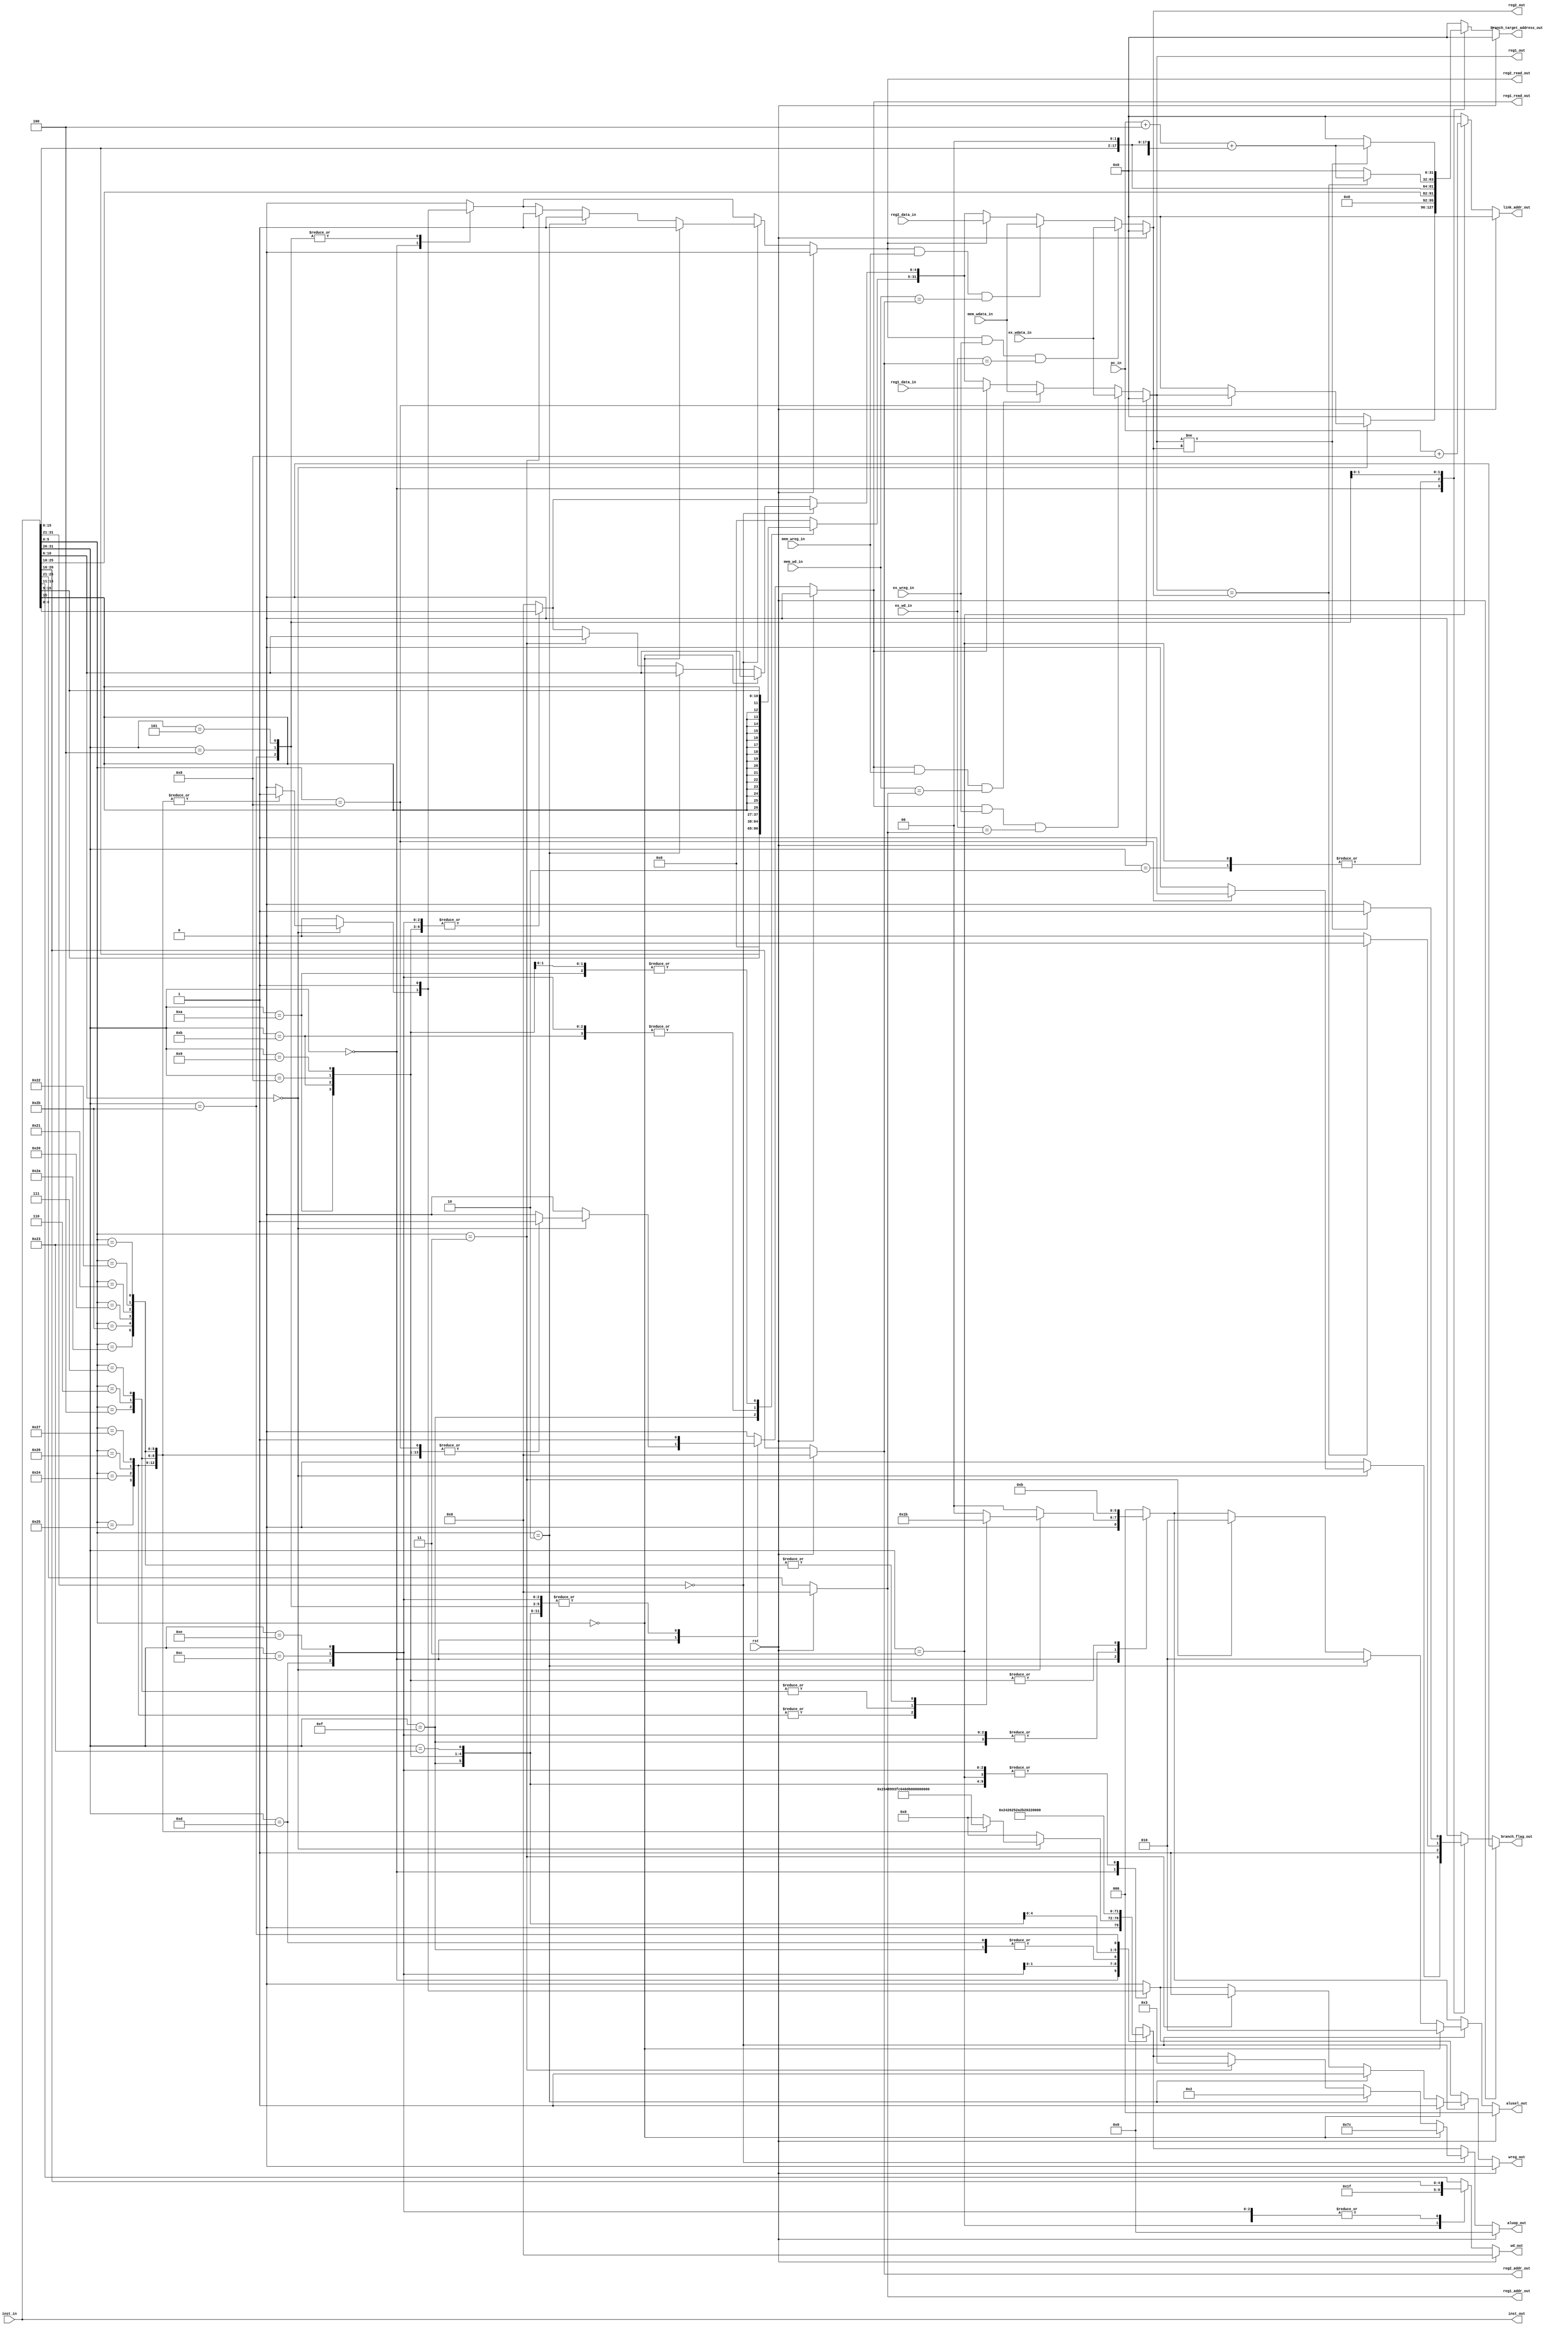
`timescale 1ns / 1ps
//////////////////////////////////////////////////////////////////////////////////
// Company: NCUT
// Module Name: id
// Description: 
//////////////////////////////////////////////////////////////////////////////////

module id(
    input rst,
    input [31:0] pc_in,//
    input [31:0] inst_in,//
    input [31:0] reg1_data_in,//rdata1
    input [31:0] reg2_data_in,//rdata2
    input ex_wreg_in,//
    input [31:0] ex_wdata_in,//
    input [4:0] ex_wd_in,//
    input mem_wreg_in,//
    input [31:0] mem_wdata_in,//
    input [4:0] mem_wd_in,//
    output reg reg1_read_out,//re1
    output reg reg2_read_out,//re2
    output reg[4:0] reg1_addr_out,//raddr1
    output reg[4:0] reg2_addr_out,//raddr2
    output reg[7:0] aluop_out,//
    output reg[2:0] alusel_out,//
    output reg[31:0] reg1_out,//1
    output reg[31:0] reg2_out,//2
    output reg[4:0] wd_out,//
    output reg wreg_out,//
    output wire[31:0] inst_out,//
    output reg branch_flag_out,//
    output reg[31:0] branch_target_address_out,//
    output reg[31:0] link_addr_out//
    );
    wire[5:0] op=inst_in[31:26];
    wire[4:0] op2=inst_in[10:6];
    wire[5:0] op3=inst_in[5:0];
    wire[4:0] op4=inst_in[20:16];
    reg[31:0] imm;//
    wire[31:0] pc_plus_8;//2
    wire[31:0] pc_plus_4;//1
    wire[31:0] imm_sll2_signedext;//offset2
    assign pc_plus_8=pc_in+8;//2
    assign pc_plus_4=pc_in+4;//1
    assign imm_sll2_signedext={{14{inst_in[15]}},inst_in[15:0],2'b00};//offset2
    assign inst_out=inst_in;
    always @(*)begin//
        if(rst==1'b1)begin
            aluop_out<=8'b00000000;
            alusel_out<=3'b000;
            wd_out<=5'b00000;
            wreg_out<=1'b0;
            reg1_read_out<=1'b0;
            reg2_read_out<=1'b0;
            reg1_addr_out<=5'b00000;
            reg2_addr_out<=5'b00000;
            imm<=32'h00000000;
            link_addr_out<=32'h00000000;
            branch_target_address_out<=32'h00000000;
            branch_flag_out<=1'b0;
        end else begin
            aluop_out<=8'b00000000;
            alusel_out<=3'b000;
            wd_out<=inst_in[15:11];
            wreg_out<=1'b0;
            reg1_read_out<=1'b0;
            reg2_read_out<=1'b0;
            reg1_addr_out<=inst_in[25:21];
            reg2_addr_out<=inst_in[20:16];
            imm<=32'h00000000;
            link_addr_out<=32'h00000000;
            branch_target_address_out<=32'h00000000;
            branch_flag_out<=1'b0;
            case(op)
                6'b000000:begin
                    case(op2)
                        5'b00000:begin
                            case(op3)
                                6'b100101:begin//OR
                                    wreg_out<=1'b1;
                                    aluop_out<=8'b00100101;//OR
                                    alusel_out<=3'b001;//LOGIC
                                    reg1_read_out<=1'b1;
                                    reg2_read_out<=1'b1;
                                end
                                6'b100100:begin//AND
                                    wreg_out<=1'b1;
                                    aluop_out<=8'b00100100;//AND
                                    alusel_out<=3'b001;//LOGIC
                                    reg1_read_out<=1'b1;
                                    reg2_read_out<=1'b1;
                                end
                                6'b100110:begin//XOR
                                    wreg_out<=1'b1;
                                    aluop_out<=8'b00100110;//XOR
                                    alusel_out<=3'b001;//LOGIC
                                    reg1_read_out<=1'b1;
                                    reg2_read_out<=1'b1;
                                end
                                6'b100111:begin//NOR
                                    wreg_out<=1'b1;
                                    aluop_out<=8'b00100111;//NOR
                                    alusel_out<=3'b001;//LOGIC
                                    reg1_read_out<=1'b1;
                                    reg2_read_out<=1'b1;
                                end
                                6'b000100:begin//SLLV
                                    wreg_out<=1'b1;
                                    aluop_out<=8'b01111100;//SLL
                                    alusel_out<=3'b010;//SHIFT
                                    reg1_read_out<=1'b1;
                                    reg2_read_out<=1'b1;
                                end
                                6'b000110:begin//SRLV
                                    wreg_out<=1'b1;
                                    aluop_out<=8'b00000010;//SRL
                                    alusel_out<=3'b010;//SHIFT
                                    reg1_read_out<=1'b1;
                                    reg2_read_out<=1'b1;
                                end
                                6'b000111:begin//SRAV
                                    wreg_out<=1'b1;
                                    aluop_out<=8'b00000011;//SRA
                                    alusel_out<=3'b010;//SHIFT
                                    reg1_read_out<=1'b1;
                                    reg2_read_out<=1'b1;
                                end
                                6'b101010:begin//SLT
                                    wreg_out<=1'b1;
                                    aluop_out<=8'b00101010;//SLT
                                    alusel_out<=3'b011;//ARITHMETIC
                                    reg1_read_out<=1'b1;
                                    reg2_read_out<=1'b1;
                                end
                                6'b101011:begin//SLTU
                                    wreg_out<=1'b1;
                                    aluop_out<=8'b00101011;//SLTU
                                    alusel_out<=3'b011;//ARITHMETIC
                                    reg1_read_out<=1'b1;
                                    reg2_read_out<=1'b1;
                                end
                                6'b100000:begin//ADD
                                    wreg_out<=1'b1;
                                    aluop_out<=8'b00100000;//ADD
                                    alusel_out<=3'b011;//ARITHMETIC
                                    reg1_read_out<=1'b1;
                                    reg2_read_out<=1'b1;
                                end
                                6'b100001:begin//ADDU
                                    wreg_out<=1'b1;
                                    aluop_out<=8'b00100001;//ADDU
                                    alusel_out<=3'b011;//ARITHMETIC
                                    reg1_read_out<=1'b1;
                                    reg2_read_out<=1'b1;
                                end
                                6'b100010:begin//SUB
                                    wreg_out<=1'b1;
                                    aluop_out<=8'b00100010;//SUB
                                    alusel_out<=3'b011;//ARITHMETIC
                                    reg1_read_out<=1'b1;
                                    reg2_read_out<=1'b1;
                                end
                                6'b100011:begin//SUBU
                                    wreg_out<=1'b1;
                                    aluop_out<=8'b00100011;//SUBU
                                    alusel_out<=3'b011;//ARITHMETIC
                                    reg1_read_out<=1'b1;
                                    reg2_read_out<=1'b1;
                                end
                                6'b001000:begin//JR
                                    reg1_read_out<=1'b1;
                                    branch_target_address_out<=reg1_out;
                                    branch_flag_out<=1'b1;
                                end
                                default:begin
                                end
                            endcase
                        end
                        default:begin
                        end
                    endcase
                end
                6'b001101:begin//ORI
                    wreg_out<=1'b1;
                    aluop_out<=8'b00100101;//OR
                    alusel_out<=3'b001;//LOGIC
                    reg1_read_out<=1'b1;
                    imm<={16'h0,inst_in[15:0]};
                    wd_out<=inst_in[20:16];
                end
                6'b001100:begin//ANDI
                    wreg_out<=1'b1;
                    aluop_out<=8'b00100100;//AND
                    alusel_out<=3'b001;//LOGIC
                    reg1_read_out<=1'b1;
                    imm<={16'h0,inst_in[15:0]};
                    wd_out<=inst_in[20:16];
                end
                6'b001110:begin//XORI
                    wreg_out<=1'b1;
                    aluop_out<=8'b00100110;//XOR
                    alusel_out<=3'b001;//LOGIC
                    reg1_read_out<=1'b1;
                    imm<={16'h0,inst_in[15:0]};
                    wd_out<=inst_in[20:16];
                end
                6'b001111:begin//LUI
                    wreg_out<=1'b1;
                    aluop_out<=8'b00100101;//OR
                    alusel_out<=3'b001;//LOGIC
                    reg1_read_out<=1'b1;
                    imm<={inst_in[15:0],16'h0};
                    wd_out<=inst_in[20:16];
                end
                6'b001010:begin//SLTI
                    wreg_out<=1'b1;
                    aluop_out<=8'b00101010;//SLT
                    alusel_out<=3'b011;//ARITHMETIC
                    reg1_read_out<=1'b1;
                    imm<={{16{inst_in[15]}},inst_in[15:0]};
                    wd_out<=inst_in[20:16];
                end
                6'b001011:begin//SLTIU
                    wreg_out<=1'b1;
                    aluop_out<=8'b00101011;//SLTU
                    alusel_out<=3'b011;//ARITHMETIC
                    reg1_read_out<=1'b1;
                    imm<={16'h0,inst_in[15:0]};
                    wd_out<=inst_in[20:16];
                end
                6'b001000:begin//ADDI
                    wreg_out<=1'b1;
                    aluop_out<=8'b00100000;//ADD
                    alusel_out<=3'b011;//ARITHMETIC
                    reg1_read_out<=1'b1;
                    imm<={{16{inst_in[15]}},inst_in[15:0]};
                    wd_out<=inst_in[20:16];
                end
                6'b001001:begin//ADDIU
                    wreg_out<=1'b1;
                    aluop_out<=8'b00100001;//ADDU
                    alusel_out<=3'b011;//ARITHMETIC
                    reg1_read_out<=1'b1;
                    imm<={{16{inst_in[15]}},inst_in[15:0]};
                    wd_out<=inst_in[20:16];
                end
                6'b000010:begin//J
                    branch_target_address_out<={4'h0,inst_in[25:0],2'b00};
                    branch_flag_out<=1'b1;
                end
                6'b000011:begin//JAL
                    wreg_out<=1'b1;
                    alusel_out<=3'b000;
                    wd_out<=5'b11111;//$31
                    link_addr_out<=pc_plus_8;
                    branch_target_address_out<={4'h0,inst_in[25:0],2'b00};
                    branch_flag_out<=1'b1;
                end
                6'b000100:begin//BEQ
                    reg1_read_out<=1'b1;
                    reg2_read_out<=1'b1;
                    if(reg1_out==reg2_out)begin
                        branch_target_address_out<=pc_plus_4+imm_sll2_signedext;
                        branch_flag_out<=1'b1;
                    end
                end
                6'b000101:begin//BNE
                    reg1_read_out<=1'b1;
                    reg2_read_out<=1'b1;
                    if(reg1_out!=reg2_out)begin
                        branch_target_address_out<=pc_plus_4+imm_sll2_signedext;
                        branch_flag_out<=1'b1;
                    end
                end
                6'b100011:begin//LW
                    wreg_out<=1'b1;
                    aluop_out<=8'b11100011;//LW
                    reg1_read_out<=1'b1;
                    wd_out<=inst_in[20:16];
                end
                6'b101011:begin//SW
                    aluop_out<=8'b11101011;//SW
                    reg1_read_out<=1'b1;
                    reg2_read_out<=1'b1;
                end
                default:begin
                end
            endcase
            if(inst_in[31:21]==11'b00000000000)begin
                if(op3==6'b000000)begin//SLL
                    wreg_out<=1'b1;
                    aluop_out<=8'b01111100;//SLL
                    alusel_out<=3'b010;//SHIFT
                    reg2_read_out<=1'b1;
                    imm[4:0]<=inst_in[10:6];
                end else if(op3==6'b000010)begin//SRL
                    wreg_out<=1'b1;
                    aluop_out<=8'b00000010;//SRL
                    alusel_out<=3'b010;//SHIFT
                    reg2_read_out<=1'b1;
                    imm[4:0]<=inst_in[10:6];
                end else if(op3==6'b000011)begin//SRA
                    wreg_out<=1'b1;
                    aluop_out<=8'b00000011;//SRA
                    alusel_out<=3'b010;//SHIFT
                    reg2_read_out<=1'b1;
                    imm[4:0]<=inst_in[10:6];
                end
            end
        end
    end
    always @(*)begin//1
        if(rst==1'b1) reg1_out<=32'h00000000;
        else if((reg1_read_out==1'b1)&&(ex_wreg_in==1'b1)&&(ex_wd_in==reg1_addr_out)) reg1_out<=ex_wdata_in;//1
        else if((reg1_read_out==1'b1)&&(mem_wreg_in==1'b1)&&(mem_wd_in==reg1_addr_out)) reg1_out<=mem_wdata_in;//2
        else if(reg1_read_out==1'b1) reg1_out<=reg1_data_in;
        else if(reg1_read_out==1'b0) reg1_out<=imm;
        else reg1_out<=32'h00000000;
    end
    always @(*)begin//2
        if(rst==1'b1) reg2_out<=32'h00000000;
        else if((reg2_read_out==1'b1)&&(ex_wreg_in==1'b1)&&(ex_wd_in==reg2_addr_out)) reg2_out<=ex_wdata_in;//1
        else if((reg2_read_out==1'b1)&&(mem_wreg_in==1'b1)&&(mem_wd_in==reg2_addr_out)) reg2_out<=mem_wdata_in;//2
        else if(reg2_read_out==1'b1) reg2_out<=reg2_data_in;
        else if(reg2_read_out==1'b0) reg2_out<=imm;
        else reg2_out<=32'h00000000;
    end
endmodule